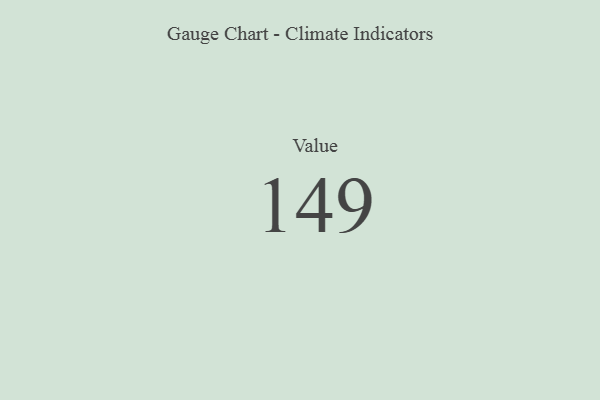
{"axis": {"x": "Metric", "y": "Value"}, "legend": [""], "data": [{"x": "Value", "y": 149, "type": ""}]}